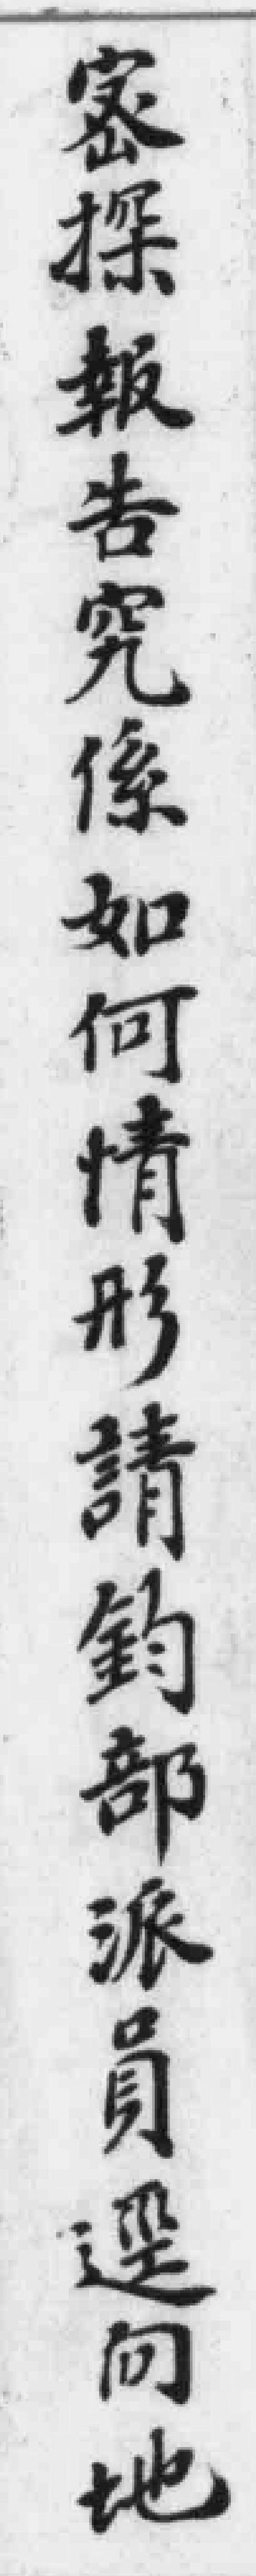
探報告究像如何情形請釣部派員向地